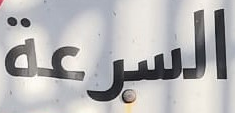
السرعة